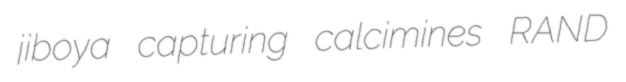
jiboya capturing calcimines RAND